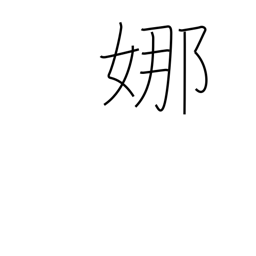
Meaning: graceful